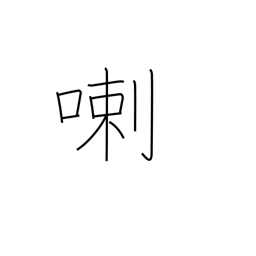
Meaning: rattle on